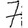
Digit: 7